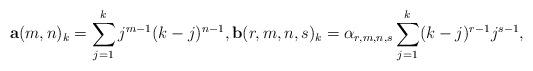
LaTeX: \begin{align*} {\bf a}(m,n)_{k}& =\sum^{k}_{j=1}j^{m-1}(k-j)^{n-1}, {\bf b}(r,m,n,s)_{k}= \alpha_{r,m,n,s}\sum^{k}_{j=1}(k-j)^{r-1}j^{s-1},\end{align*}